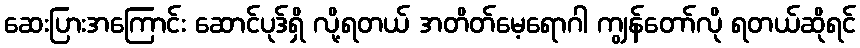
ဆေးပြားအကြောင်း ဆောင်ပုဒ်ရှိ လို့ရတယ် အတိတ်မေ့ရောဂါ ကျွန်တော်လို ရတယ်ဆိုရင်